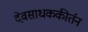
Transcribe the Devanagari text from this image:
देवसाधककीर्तन